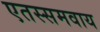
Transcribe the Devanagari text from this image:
एतस्समवाय